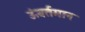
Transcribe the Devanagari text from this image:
ऊंवर्तमान